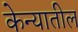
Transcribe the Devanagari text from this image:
केन्यातील